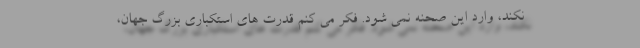
نکند، وارد این صحنه نمی شود. فکر می کنم قدرت های استکباری بزرگ جهان،